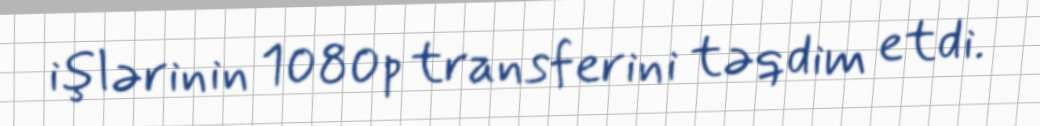
işlərinin 1080p transferini təqdim etdi.